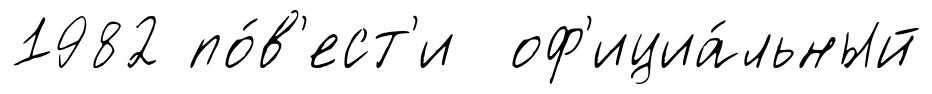
1982 по́в'ест'и оф'ициа́льный